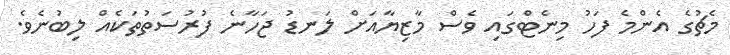
މެޗުގެ އެންމެ ފަހު މިނެޓްގައި ވެސް މާޒިޔާއަށް ލަނޑު ޖަހާނެ ފުރުސަތުތަކެއް ލިބުނެވެ.